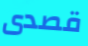
قصدى